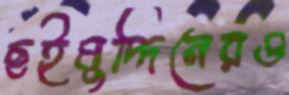
ছইমুদ্দিনেরও